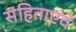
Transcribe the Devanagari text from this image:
संहिताएवं